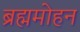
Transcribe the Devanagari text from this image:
ब्रह्ममोहन